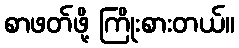
စာဖတ်ဖို့ ကြိုးစားတယ်။